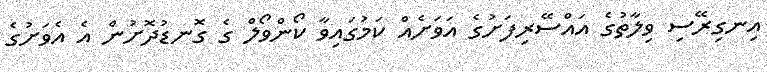
އިނގިރޭސި ވިލާތުގެ އައްސޭރިފަށުގެ އަވަށެއް ކަމުގައިވާ ކޯންވޯލް ގެ ގޮނޑުދޮށުން އެ އެވަށުގެ